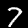
Digit: 7